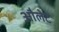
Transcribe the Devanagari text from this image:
औलेट